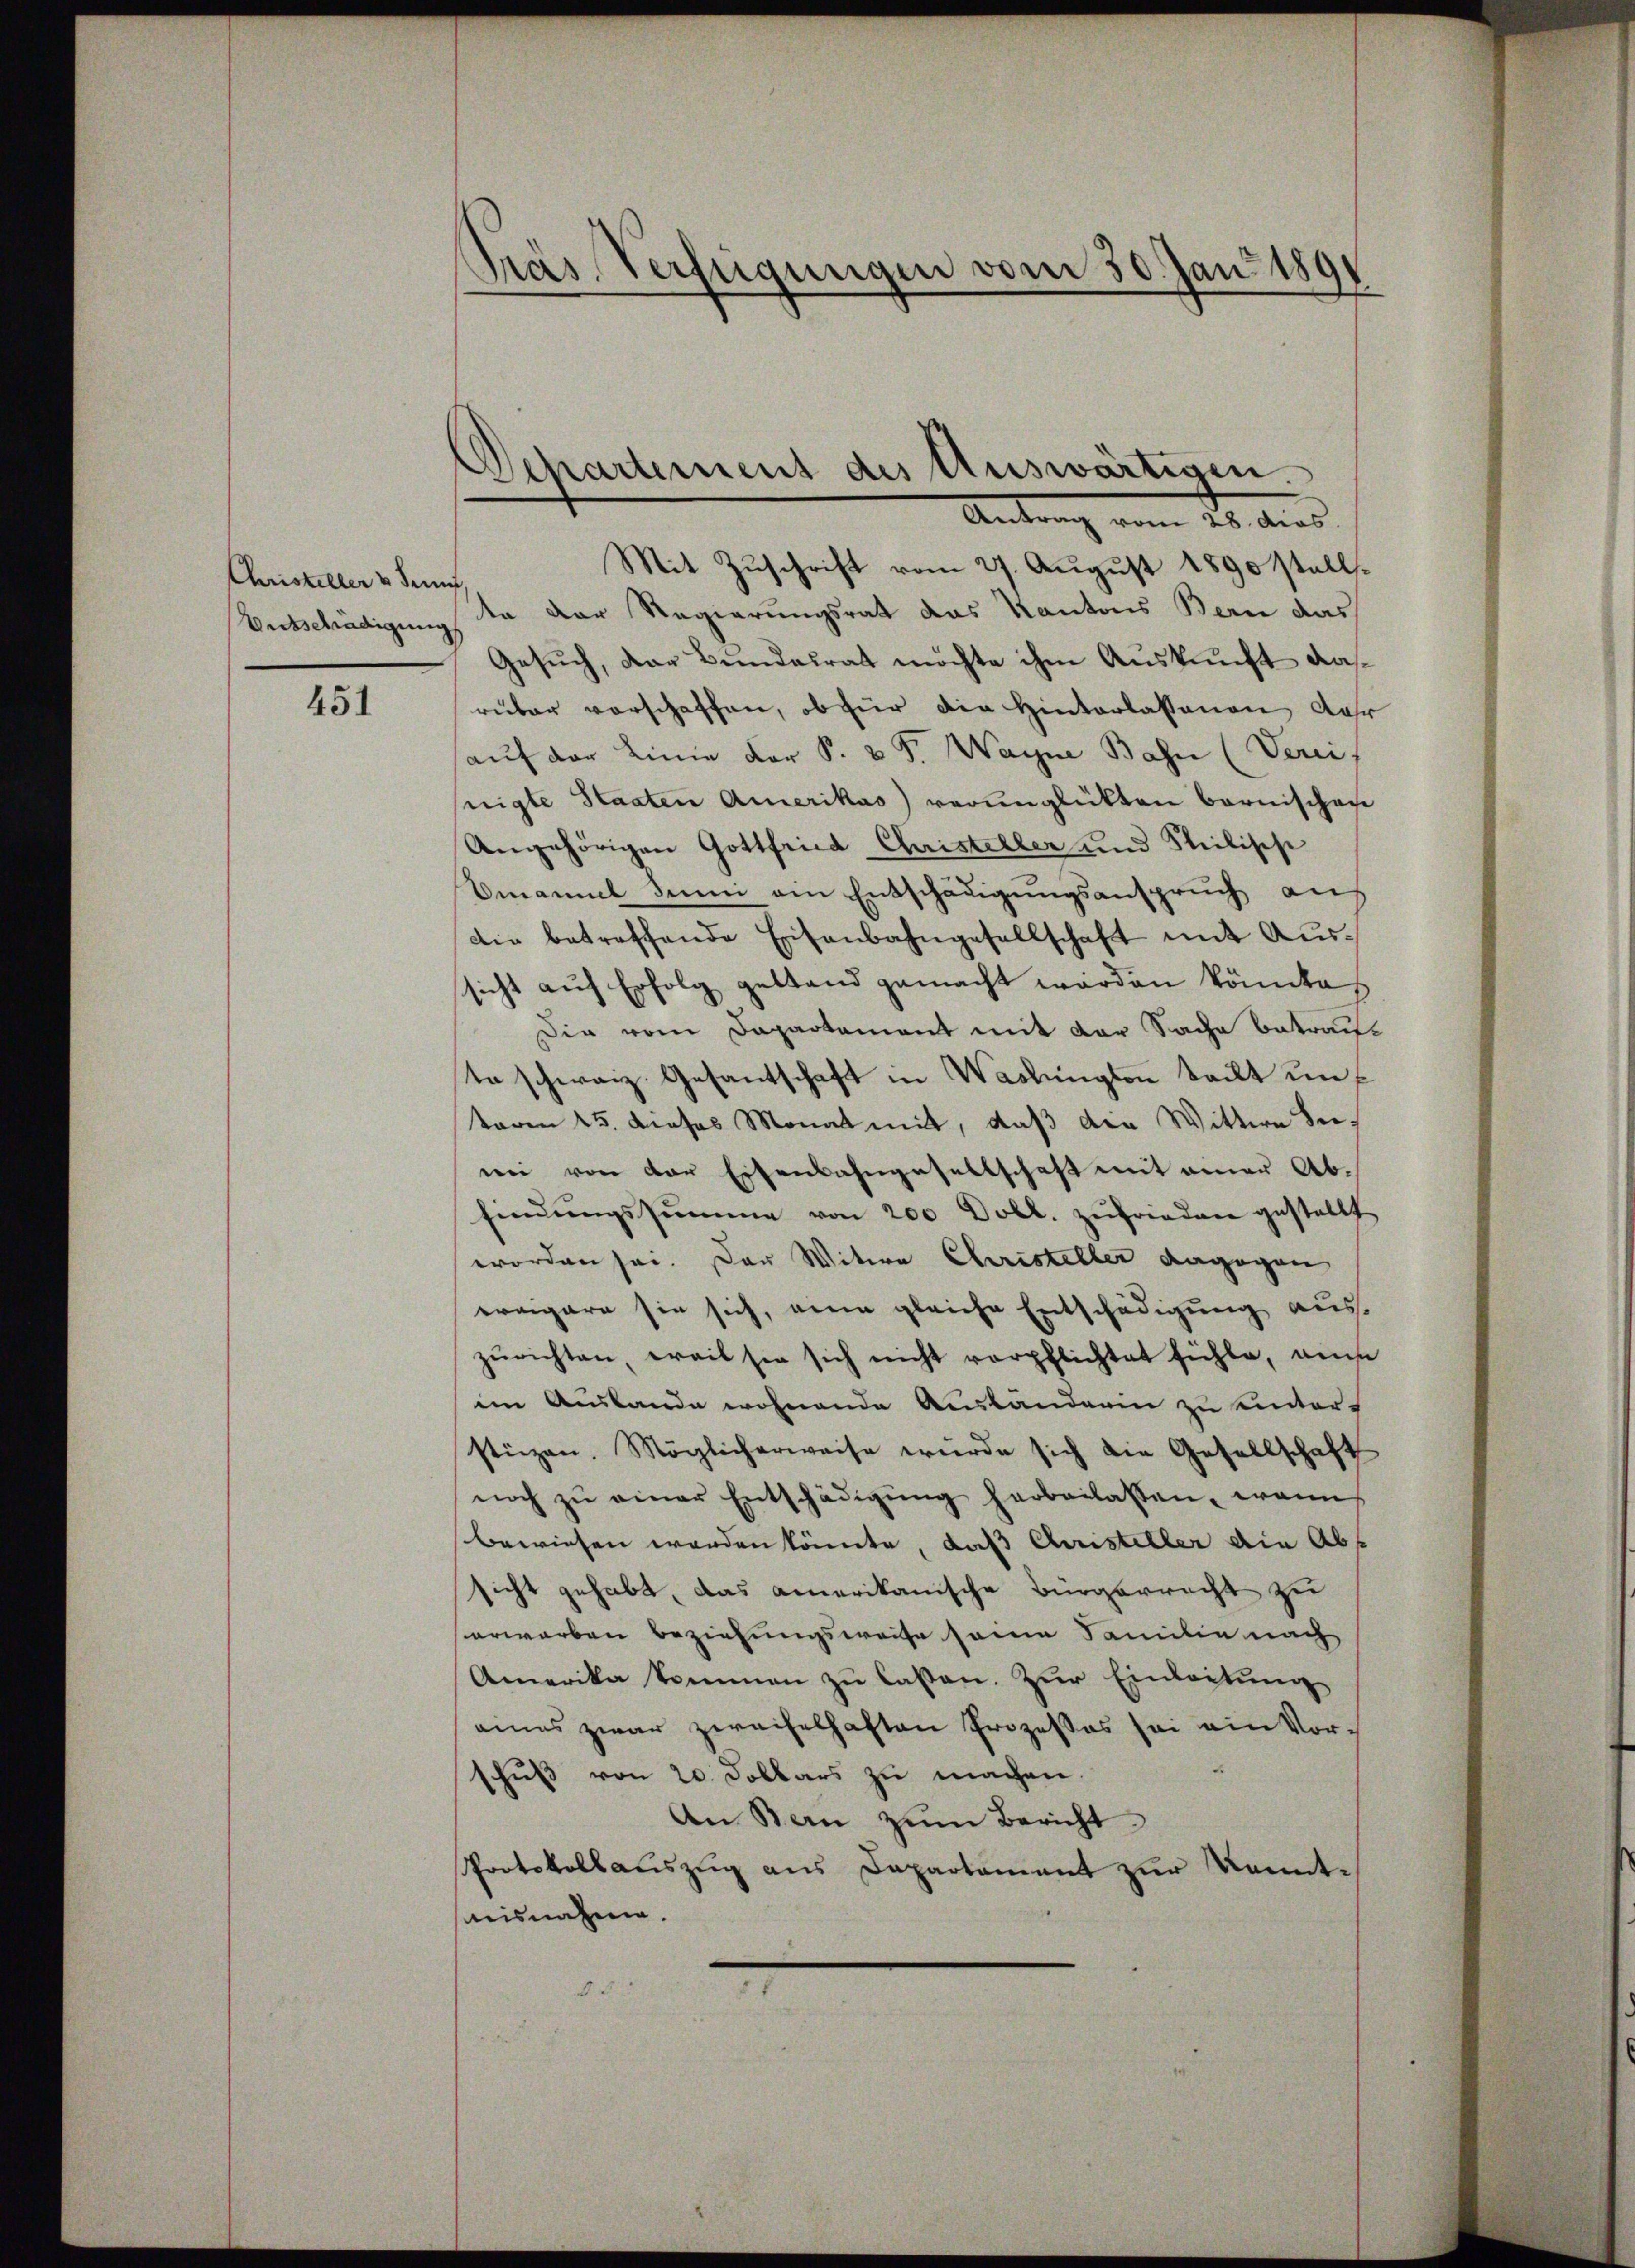
Christeller v. Juni
Butschädigung

451

Pas Verfügungen vom 30. Juni 1891

Departement des Auswärtigen.
Antrag vom 28. dies

Mit Zuschrift vom 27. August 1890 stellte der Regierungsrat das Kantons Bern das
Gesuch, der Bundesrat möchte ihm Auskunft das
rüber vorschaffen, ob für die Hinterlassenen der
auf der Linie der S. v. J. Wagne Bahn (Verei
nigte Staaten Amerikas verunglükten Barnischen
Angehörigen Gottfried Christeller und Steilische
Emanuel Sinn am Entschädigŭngsanspruch an
Die betreffende Eisenbahngesellschaft mit Aus-
sicht auf Erfolg gestand gemacht werden könnte.
Die vom Dapartament mit der Sache betraute schweiz. Gesantschaft in Washington teilt unf
toren 15. dieses Monat mit, daß die Wittere Berwei von der Eisenbahngesellschaft mit einer Abfindungssumme von 200 Dobl. zufrieden gestellt
worden sei. Der Witwe Christeller dagegen
ereigere sie sich, ein gleiche Entschädigung aus-
zurichten, weil sie sich nicht verpflichtet fühle, aus
im Auslande wohnende Ausländerin zu unters
stürzen. Möglicherweise würde sich die Gesellschaft
noch zŭ einer Entschädigŭng herbeilassen, wann
bewiesen werden könnte, daß Christeller die Abs
sicht gehabt, das amerikanische Bürgerrecht zu
erworben beziehungsweise seine Familie nach
Amerika kommen zu lassen. Zur Einleitung
eies zwar zweifelhaften Prozesses sei ein Vorschuß von 20. Dollars zu machen.
An Stern zŭm Bericht
Protokollauszug aus Dapartament zur Kenntsausnahme.